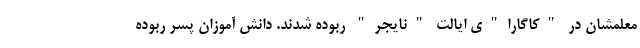
معلمشان در "کاگارا"ی ایالت "نایجر" ربوده شدند. دانش آموزان پسر ربوده